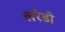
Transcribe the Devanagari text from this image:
लरेडो